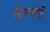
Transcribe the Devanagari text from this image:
कैलवटॆ